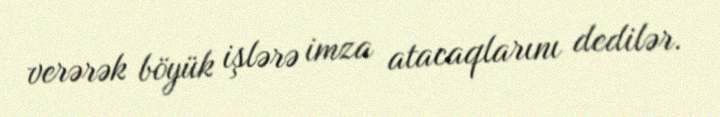
verərək böyük işlərə imza atacaqlarını dedilər.